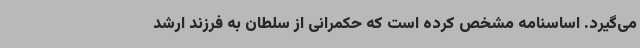
می‌گیرد. اساسنامه مشخص کرده است که حکمرانی از سلطان به فرزند ارشد